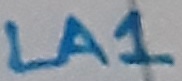
Text: LA1